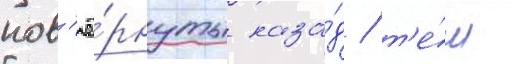
пов'ё́рнуты наза́д / т'е́м